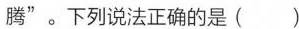
腾”。下列说法正确的是()